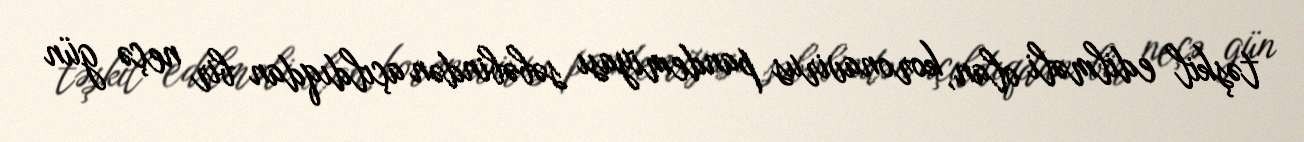
təşkil edilməli olan, koronavirus pandemiyası səbəbindən açıldıqdan bir neçə gün